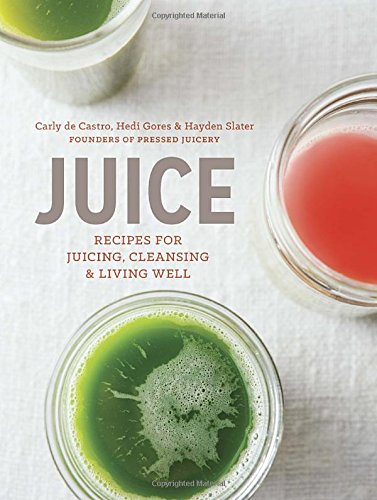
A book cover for Juice: Recipes for Juicing, Cleansing, and Living Well; Carly de Castro; Cookbooks, Food & Wine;